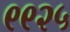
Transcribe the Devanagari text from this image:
९९२५